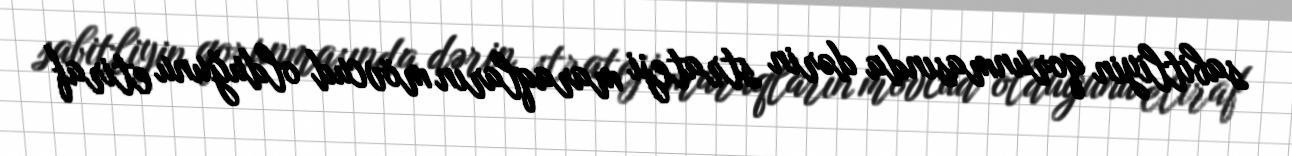
sabitliyin qorunmasında dərin strateji maraqların mövcud olduğunu etiraf